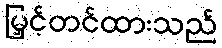
မြှင့်တင်ထားသည်